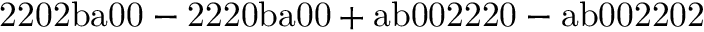
\mathrm { 2 2 0 2 b a 0 0 - 2 2 2 0 b a 0 0 + a b 0 0 2 2 2 0 - a b 0 0 2 2 0 2 }